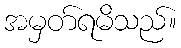
အမှတ်ရမိသည်။